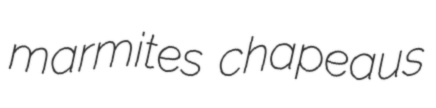
marmites chapeaus